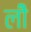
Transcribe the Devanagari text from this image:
लीे